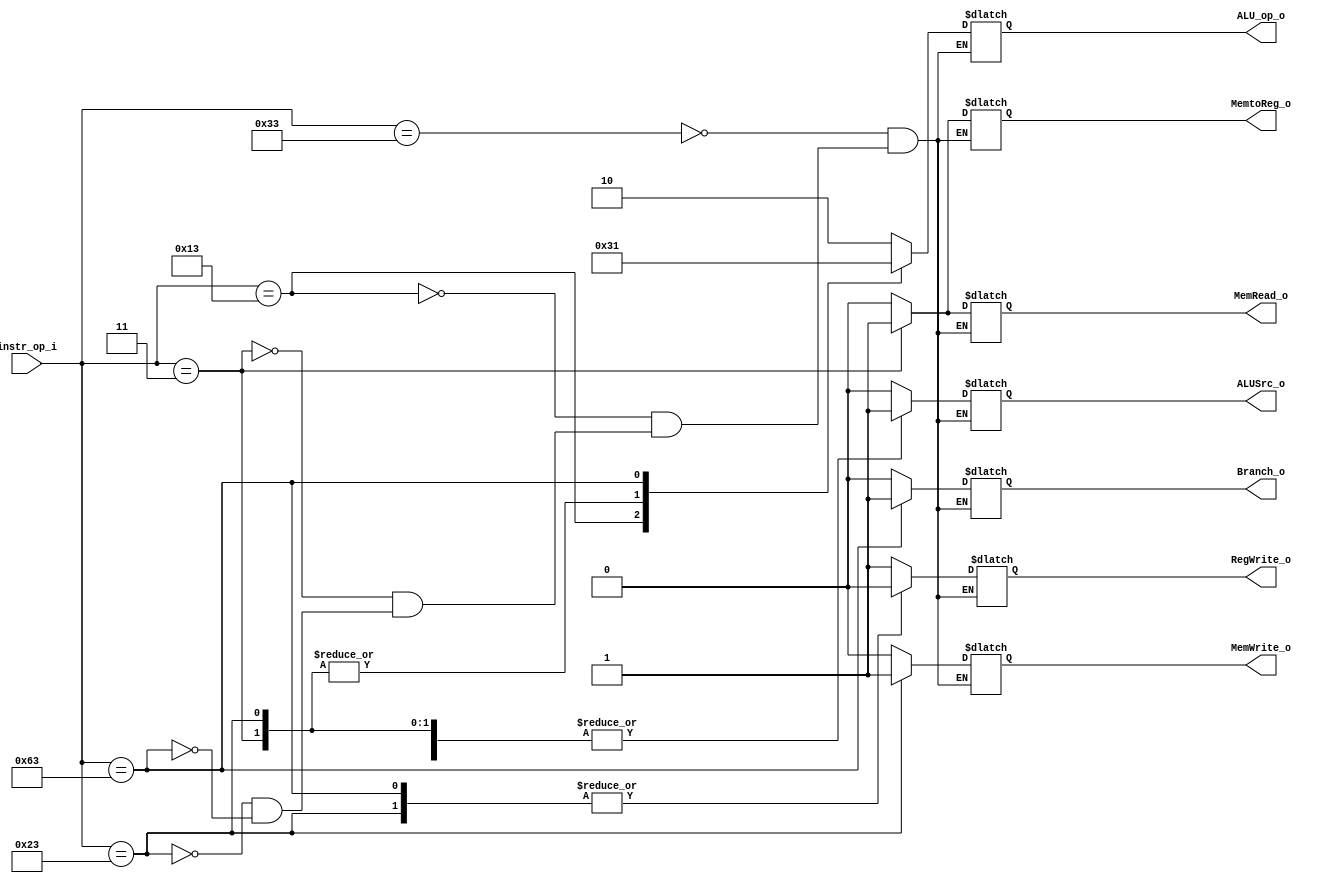
module Control(
    instr_op_i,
	RegWrite_o,
	ALU_op_o,
	ALUSrc_o,
	Branch_o,
	MemWrite_o,
	MemRead_o,
	MemtoReg_o
	);
     
//I/O ports
input  [7-1:0] instr_op_i;

output         RegWrite_o;
output [2-1:0] ALU_op_o;
output         ALUSrc_o;
output         Branch_o;
output		   MemWrite_o;
output		   MemRead_o;
output		   MemtoReg_o;

// RegWrite_o
// ALU_op_o
// ALUSrc_o
// Branch_o
// MemWrite_o
// MemRead_o
// MemtoReg_o

//Internal Signals
reg    [2-1:0] ALU_op_o;
reg            ALUSrc_o;
reg            RegWrite_o;
reg            Branch_o;
reg			   MemWrite_o;
reg			   MemRead_o;
reg			   MemtoReg_o;

//Parameter

// if error happen ,check ALUSrc_o
//Main function
always@(*)
begin
	case(instr_op_i)
			7'b0110011: // R-type  Q: function
			begin
				RegWrite_o = 1'b1;
				ALU_op_o = 2'b10;
				ALUSrc_o = 1'b0; 
				Branch_o = 1'b0;
				MemWrite_o = 1'b0;
				MemRead_o = 1'b0;
				MemtoReg_o	= 1'b0;
			end

			7'b0010011: // slti and addi
			begin
				RegWrite_o = 1'b1;
				ALU_op_o = 2'b11;
				ALUSrc_o = 1'b1; 
				Branch_o = 1'b0;
				MemWrite_o = 1'b0;
				MemRead_o = 1'b0;
				MemtoReg_o	= 1'b0;
			end

			7'b0000011: // LD
			begin
				RegWrite_o = 1'b1;
				ALU_op_o = 2'b00;
				ALUSrc_o = 1'b1; 
				Branch_o = 1'b0;
				MemWrite_o = 1'b0;
				MemRead_o = 1'b1;
				MemtoReg_o	= 1'b1;
			end

			7'b0100011: // SD
			begin
				RegWrite_o = 1'b0;
				ALU_op_o = 2'b00;
				ALUSrc_o = 1'b1; 
				Branch_o = 1'b0;
				MemWrite_o = 1'b1;
				MemRead_o = 1'b0;
				MemtoReg_o	= 1'b0;
			end

			7'b1100011: // beq
			begin
				RegWrite_o = 1'b0;
				ALU_op_o = 2'b01;
				ALUSrc_o = 1'b0; 
				Branch_o = 1'b1;
				MemWrite_o = 1'b0;
				MemRead_o = 1'b0;
				MemtoReg_o	= 1'b0;
			end
	endcase
end
	
endmodule